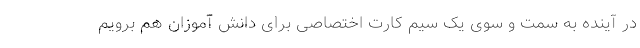
در آینده به سمت و سوی یک سیم کارت اختصاصی برای دانش آموزان هم برویم